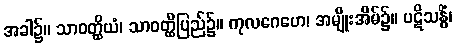
အခါ၌။ သာဝတ္ထိယံ၊ သာဝတ္ထိပြည်၌။ ကုလဂေဟေ၊ အမျိုးအိမ်၌။ ပဋိသန္ဓိံ၊